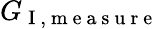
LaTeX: G_{\mathrm{~I~,~m~e~a~s~u~r~e~}}